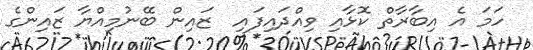
ހަމަ އެ އިބާރާތް ކޮޅާއި ވިއްދައިފައި  ޒައިން ބޭނުމިއްޔާ ޒައިންގެ